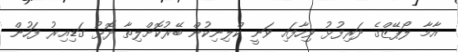
އާމާ ލޯޕޭޒްގެ ދަރިފުޅު ވިހާފައި ވަނީ ކްލިނިކުން ބޭރުކޮށްލިތާ ދޮޅު ގަޑިއިރު ފަހުން